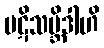
ပဋိသမ္ဘိဒါဟိ